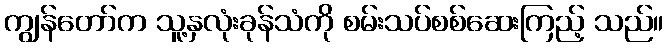
ကျွန်တော်က သူ့နှလုံးခုန်သံကို စမ်းသပ်စစ်ဆေးကြည့် သည်။